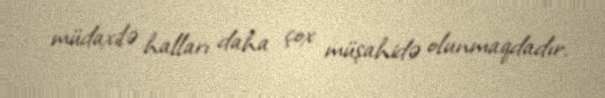
müdaxilə halları daha çox müşahidə olunmaqdadır.